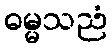
ဓမ္မသညံ